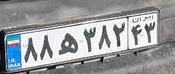
۸۸ه۳۸۲۴۳